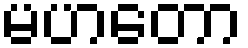
မဟတော